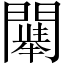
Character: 𲈳